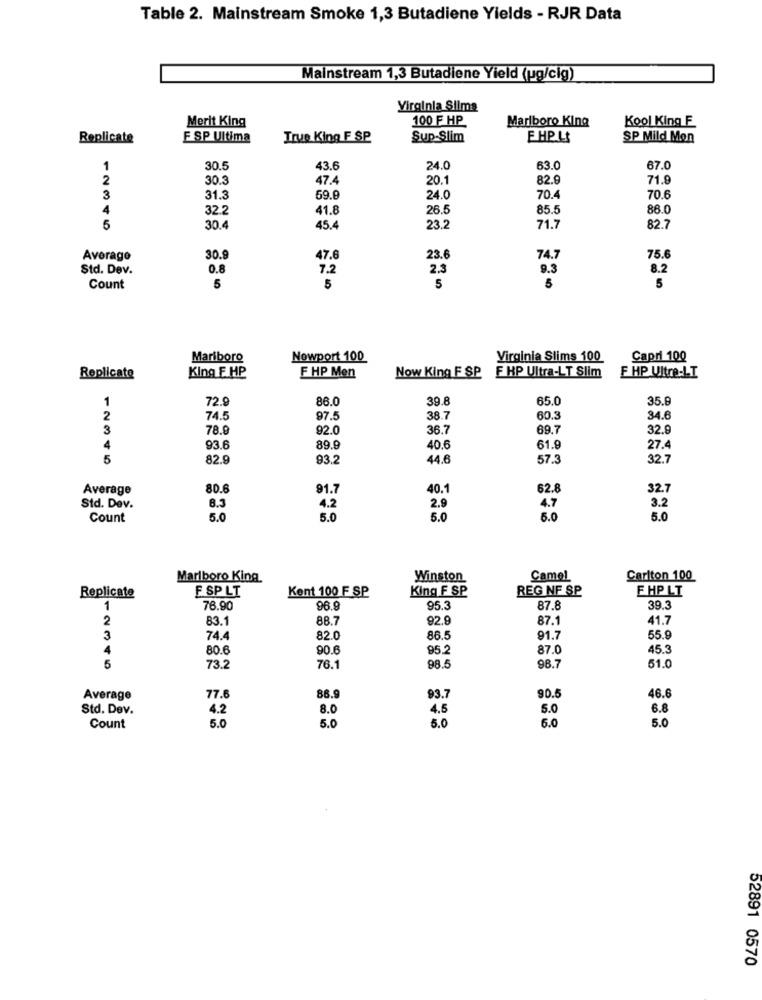
Table 2. Mainstream Smoke 1,3 Butadiene Yields - RJR Data
Mainstream 1,3 Butadiene Yield (ug/cig)
Virginia Silma
Merit King
100 F HP
Marlboro Kina
Kool King F
Replicate
F SP Ultima
True King F SP
Sup-Slim
EHPLS
SP Mild Mon
1
30.5
43.6
24.0
63.0
67.0
2
30.3
47.4
20.1
82.9
71.8
3
31.3
69.0
24.0
70.4
70.6
4
32.2
41.8
26.5
85.5
86.0
5
30.4
45.4
23.2
71.7
82.7
Average
30.9
47.6
23.6
74.7
75.6
Std. Dev.
0.8
7.2
2.3
9.3
8.2
Count
5
5
5
Mariboro
Nowport 100
Virginia Slims 100
Capri 100
King F.HP
F HP Ultra-LT Slim
Replicate
F HP Men
Now King F SP
F HP Ultra-LI
1
72.9
86.0
39.8
65.0
35.9
2
74.5
97.5
38.7
60.3
34.6
3
78.9
92.0
36.7
69.7
32.9
4
93.6
89.9
40.6
61.9
27.4
5
82.9
93.2
44.6
57.3
32.1
Average
80.6
91.7
40.1
62.8
32.7
3.2
Std. Dev.
8.3
4.2
2.9
4.7
Count
5.0
5.0
5.0
5.0
5.0
Marlboro King
Winston
Camel
Carlton 100
F SP LT
Kent 100 F SP
King F SP
REG NF SP
F.HP LT
Replicate
1
76.90
96.9
95.3
87.8
39.3
2
83.1
88.7
92.9
87.1
41.7
3
74.4
82.0
86.5
91.7
55.9
4
80.6
90.
95.
87.0
45.3
76.1
98.5
5
73.2
98.7
51.0
90.5
46.6
Average
77.6
86.9
93.7
Std. Dev.
4.2
8.0
4.5
5.0
6.8
5.0
5.0
5.0
6.0
5.0
Count
52891 0570